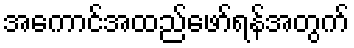
အကောင်အထည်ဖော်ရန်အတွက်